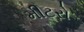
મીટરો